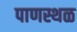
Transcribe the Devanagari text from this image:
पाणस्थळ